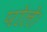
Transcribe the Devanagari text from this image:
पोले।